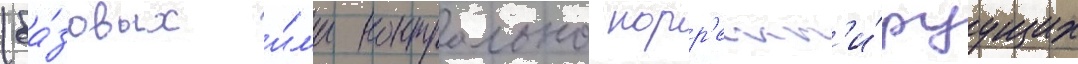
(ба́зовых и́л'и контрольно корр'ект'и́руущих